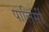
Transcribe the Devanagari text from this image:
पालिसीं